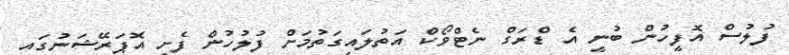
ފުލުސް އޮފީހުން ބުނީ އެ ޑްރަގް ނެޓްވޯކް އަތުލައިގަތުމަށް ފުލުހުން ފެށި އޮޕަރޭޝަނުގައި